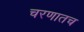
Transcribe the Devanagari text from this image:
चरणातच